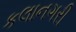
કલાનગરી